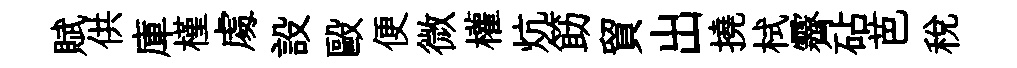
賦供庫槿䖏設毆便微權炕筯貿出撓栻霽砧芭稅